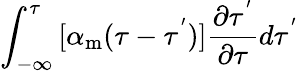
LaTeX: \int_{-\infty}^{\tau}{[\alpha_{\mathrm{m}}(\tau-\tau^{'})]\frac{\partial\tau^{'}}{\partial\tau}}d\tau^{'}